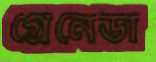
গ্রেনেডা